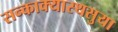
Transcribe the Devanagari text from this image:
सन्काक्यास्थसुया